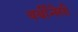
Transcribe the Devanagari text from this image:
वर्बीनैसी